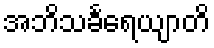
အဘိသင်္ခရေယျာတိ